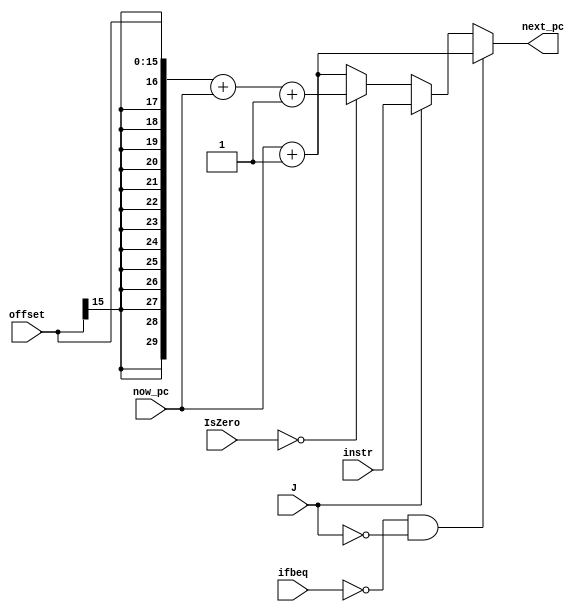
`timescale 1ns / 1ps

module NPC(
		input ifbeq,
        input[31:0] IsZero,
        input J,
        input[15:0] offset,
        input[31:2] instr,
        input[31:2] now_pc,
        output reg[31:2] next_pc
	);

    reg[29:0] tmp;
    reg[31:0] total;
    reg[31:0] total_now;
    always @(*)
    begin  
        if((ifbeq == 0) && (J == 0))
            next_pc = now_pc + 1;
        else if(J == 1)
            next_pc = instr;
        else if (IsZero == 0)
            begin
                tmp = $signed(offset);
                next_pc = tmp + now_pc + 1;
            end
        else
            next_pc = now_pc + 1;
        total = {next_pc ,2'b00};
        total_now = {now_pc ,2'b00};
    end
 endmodule